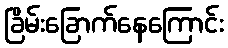
ခြိမ်းခြောက်နေကြောင်း